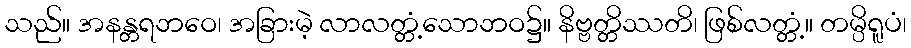
သည်။ အနန္တရဘဝေ၊ အခြားမဲ့ လာလတ္တံ့သောဘဝ၌။ နိဗ္ဗတ္တိဿတိ၊ ဖြစ်လတ္တံ့။ တမ္ပိရူပံ၊